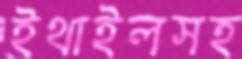
ইথাইলসহ